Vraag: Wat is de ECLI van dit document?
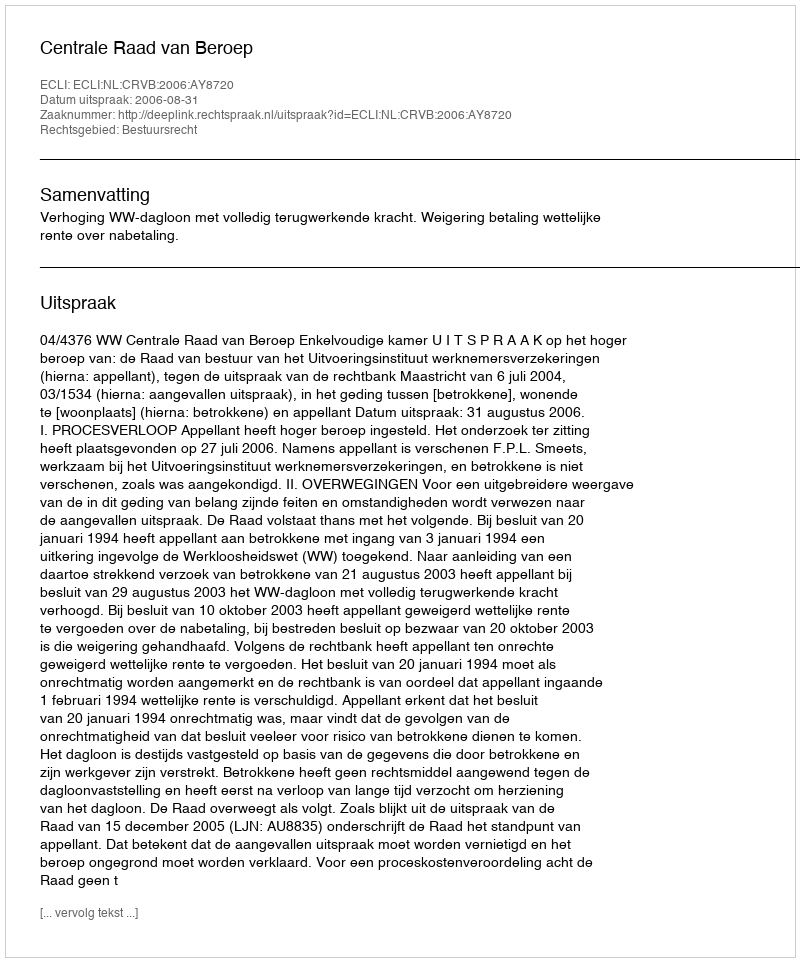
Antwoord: ECLI:NL:CRVB:2006:AY8720